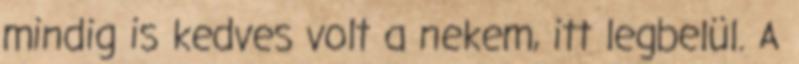
mindig is kedves volt a nekem, itt legbelül. A